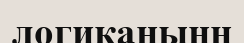
логиканынң